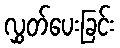
လွှတ်ပေးခြင်း